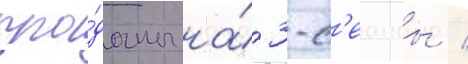
про́даны на́ 3-с'еансы /